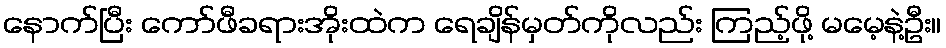
နောက်ပြီး ကော်ဖီခရားအိုးထဲက ရေချိန်မှတ်ကိုလည်း ကြည့်ဖို့ မမေ့နဲ့ဦး။